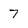
Character: 7